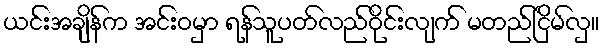
ယင်းအချိန်က အင်းဝမှာ ရန်သူပတ်လည်ဝိုင်းလျက် မတည်ငြိမ်လှ။